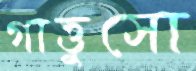
গাত্তুসো